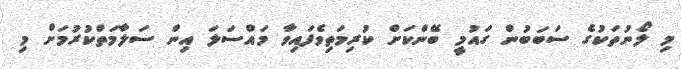
މި ލޯނުތަކުގެ ސަބަބުން ގައުމީ ބޭންކަށް ކުރިމަތިވެފައިވާ މައްސަލަ އިން ސަލާމަތްކުރުމަށް މި